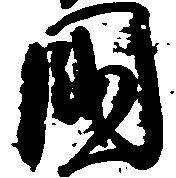
国